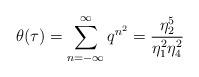
LaTeX: \begin{align*}\theta(\tau)=\sum_{n=-\infty}^{\infty}q^{n^{2}}=\frac{\eta_{2}^{5}}{\eta_{1}^{2}\eta_{4}^{2}}\end{align*}